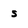
Character: s